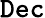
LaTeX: \mathtt{Dec}